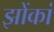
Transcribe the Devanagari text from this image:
झोंकां